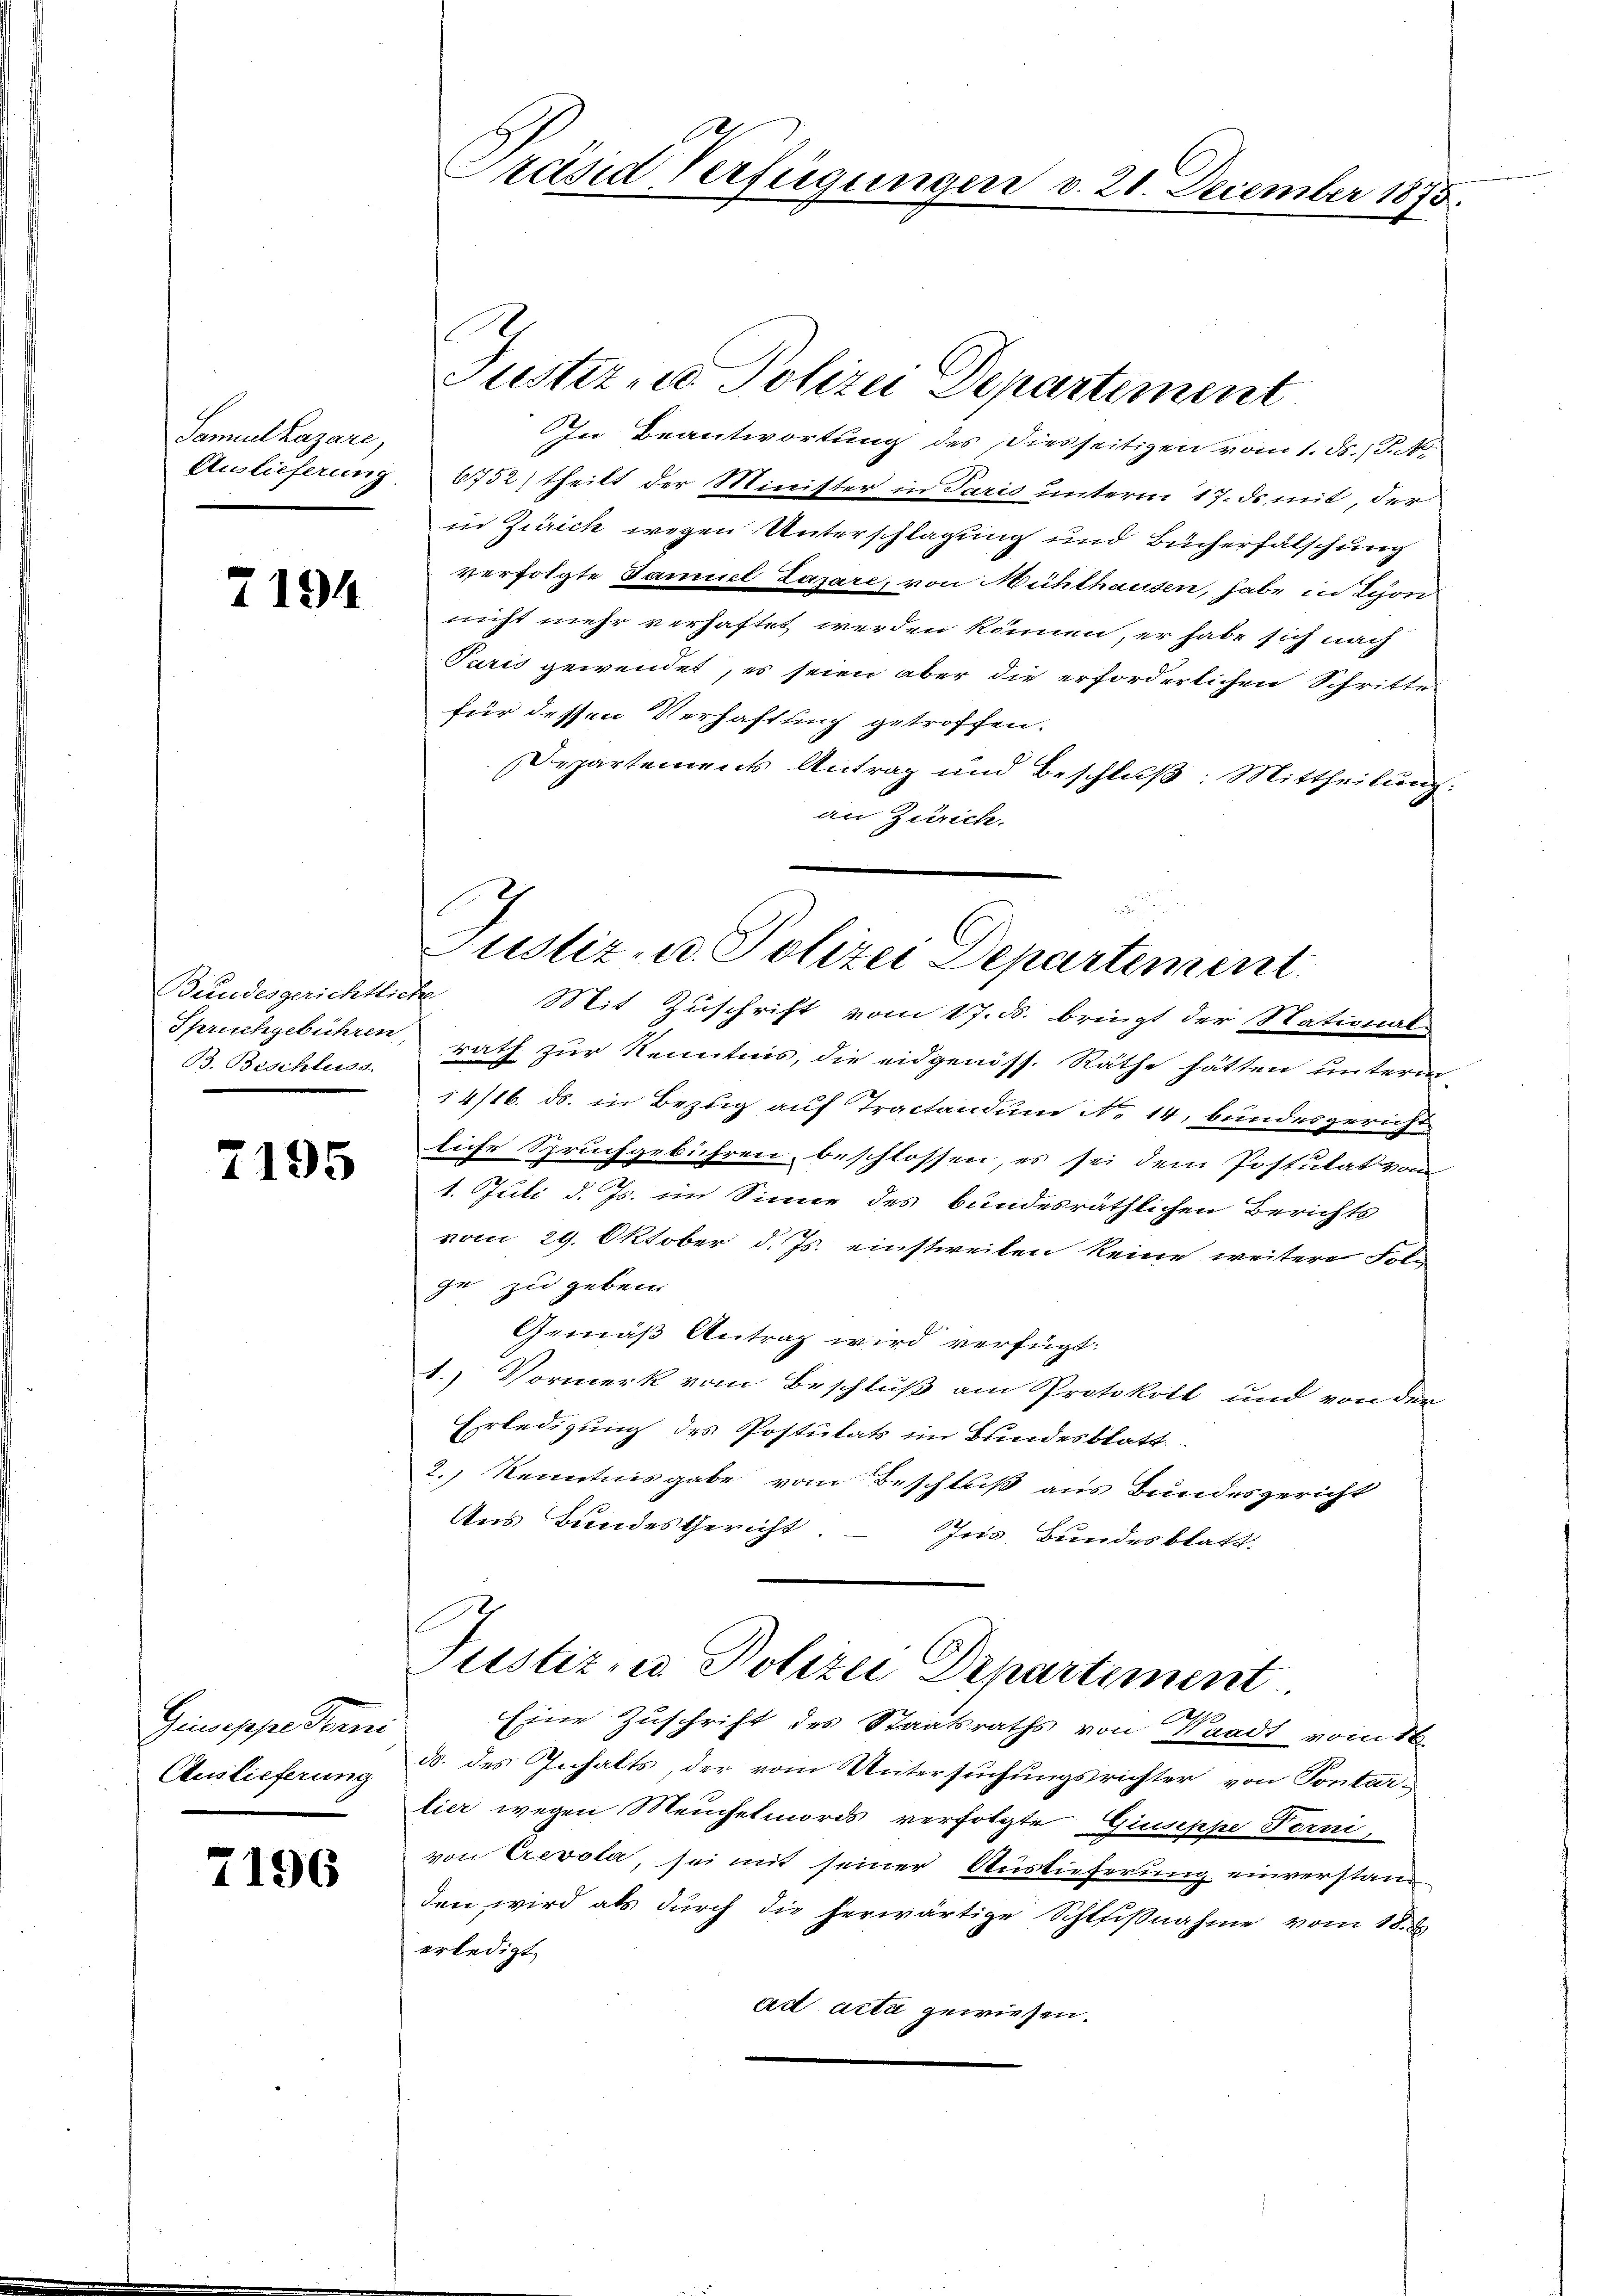
Samuel Lazare,
Auslieferung

7194

Bundesgerichtliche
B. Beschluss.

7195

Giuseppe denni
Auslieferung

7196

Präsid Verfügungen d. 21. December 1873.

Justiz- u. Polizei Departiment
In Beantwortung des Diesseitigen vom 1. ds. (T. N.
6752) theilt der Minister in Paris unterm 17. de mit, der
in Zürich wegen Unterschlagung und Bücherfälschung
verfolgte Samuel Lazare, von Mühlhausen, habe in Schön-
nicht mehr verhaftet werden können, er habe sich nach
Paris gewendet, es seien aber die erforderlichen Schritte
für dessen Verhaftung getroffen.
Departements Antrag und Beschluß: Mittheilung:
an Zürich.

e

Spruchgebühren rath zŭr Kenntnis, die eidgenöss. Räthe hätten unterm
14/16. ds. in Bezug auf Tractandum No. 14, bundesgericht
liche Spruchgebühren beschlossen, es sei dem Postulat vom
1. Juli d. Js. im Sinne des bundesräthlichen Berichts
vom 29. Oktober d. Js. einstweilen keine weitere Folge zu geben
Gemäß Antrag wird verfügt:
1.) Vormerk vom Beschluß am Protokoll und von der
Erledigung des Postulats im Bundesblatt
2.) Kenntnisgabe vom Beschluß aus Bundesgericht
Aus Bundes Gericht.
Jos. Bundesblatt.

Justiz- u. Polizei Departement
Mit Zuschrift vom 17. ds. bringt der Stational-

s
Justiz zu Polizei Departiment
.
Eine Zuschrift des Staatsraths von Waadt vom 16.

d. des Inhalts, der vom Untersuchungsrichter von Pontar-
lier wegen Meuchelmords verfolgte Giuseppe Forni,
von Crevola, sei mit seiner Auslieferung einverstanden wird als durch die herwärtige Schlfißnahme vom 18. ds.
erledigt.
ad acta gewiesen.